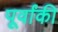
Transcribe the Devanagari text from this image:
पूर्वांकी